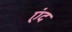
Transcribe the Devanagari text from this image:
एंद